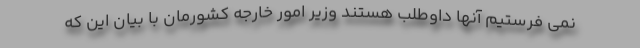
نمی فرستیم آنها داوطلب هستند وزیر امور خارجه کشورمان با بیان این که